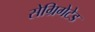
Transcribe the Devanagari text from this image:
सेग्रिगेटेड